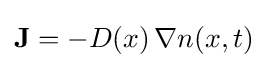
\mathbf {J} =-D(x)\,\nabla n(x,t)